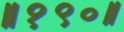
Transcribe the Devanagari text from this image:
॥१९०॥